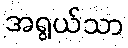
အရွယ်သာ